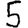
Digit: 5